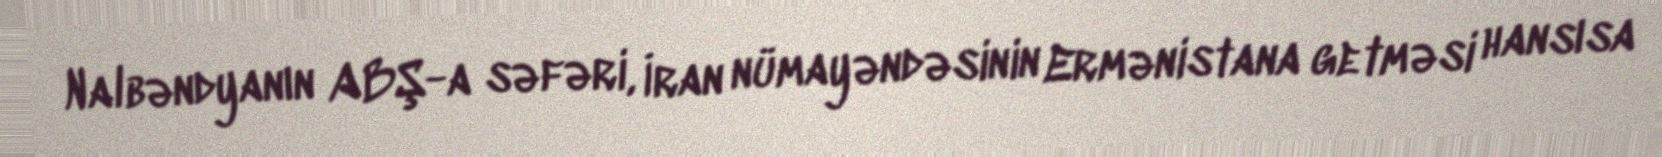
Nalbəndyanın ABŞ-a səfəri, İran nümayəndəsinin Ermənistana getməsi hansısa